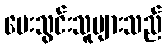
ပေးသွင်းသူများသည်